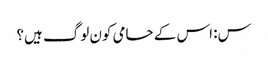
س: اس کے حامی کون لوگ ہیں؟